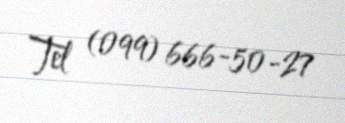
Tel (099) 666-50-27